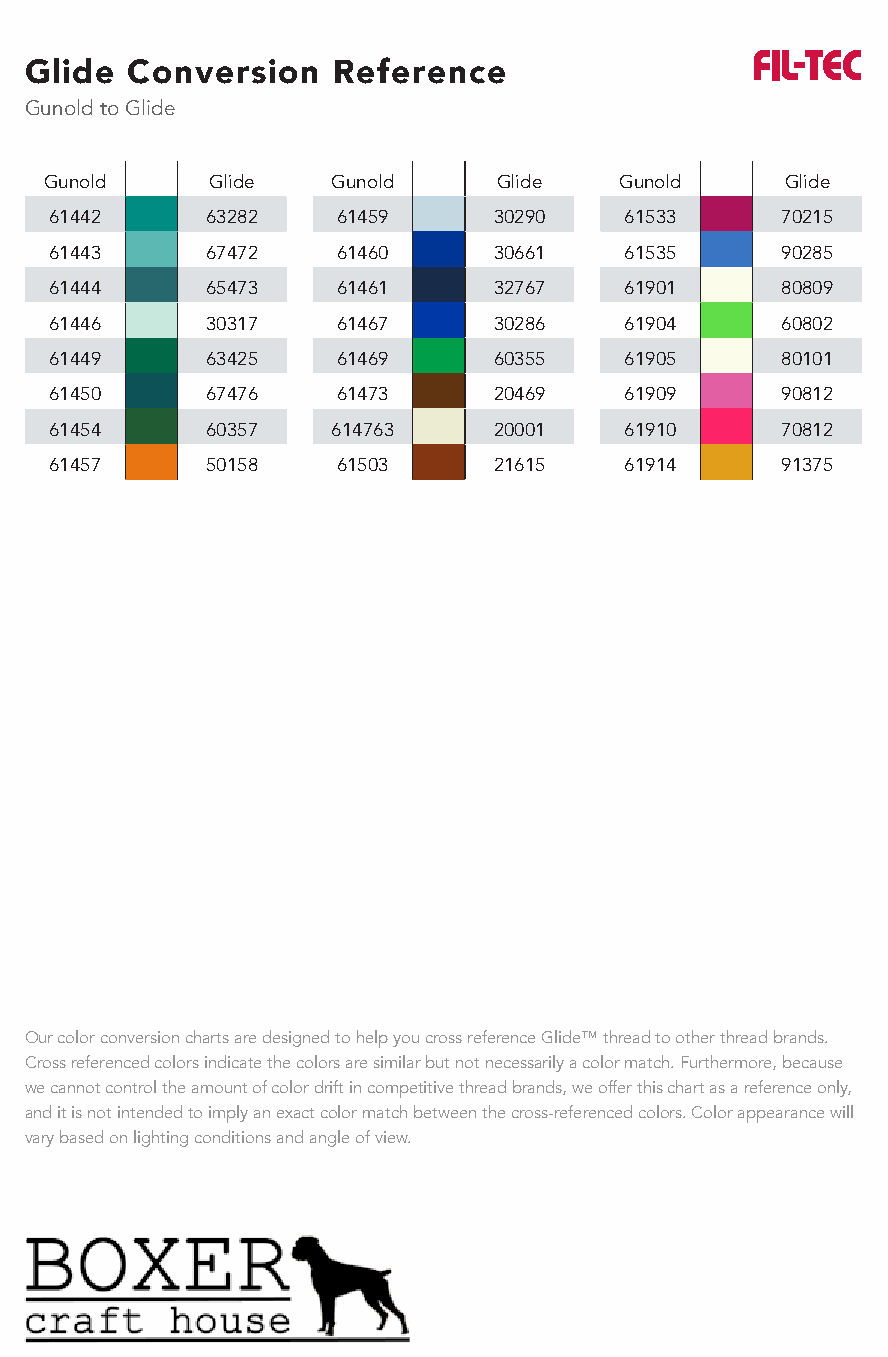
Glide Conversion    Reference
 Gunold to Glide
 Gunold     Glide   Gunold     Glide   Gunold     Glide
 61442      63282   61459      30290   61533      70215
 61443      67472   61460      30661   61535      90285
 61444      65473   61461      32767   61901      80809
 61446      30317   61467      30286   61904      60802
 61449      63425   61469      60355   61905      80101
 61450      67476   61473      20469   61909      90812
 61454      60357   614763     20001   61910      70812
 61457      50158   61503      21615   61914      91375
 Our color conversion charts are designed to help you cross reference Glide™ thread to other thread brands.
 Cross referenced colors indicate the colors are similar but not necessarily a color match. Furthermore, because
 we cannot control the amount of color drift in competitive thread brands, we offer this chart as a reference only,
 and it is not intended to imply an exact color match between the cross-referenced colors. Color appearance will
 vary based on lighting conditions and angle of view.
 www.habanddash.com